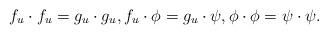
LaTeX: \begin{align*} f_u\cdot f_u=g_u\cdot g_u, f_u\cdot\phi=g_u\cdot \psi, \phi\cdot \phi=\psi\cdot \psi. \end{align*}